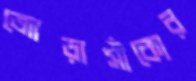
জোড়াসাঁকোর